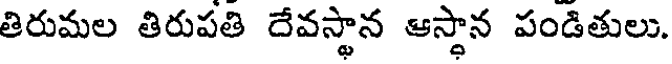
తిరుమల తిరుపతి దేవస్థాన ఆస్థాన పండితులు.